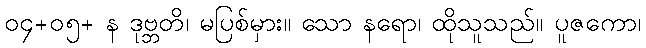
၀၄+၀၅+ န ဒုဗ္ဘတိ၊ မပြစ်မှား။ သော နရော၊ ထိုသူသည်။ ပူဇကော၊